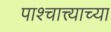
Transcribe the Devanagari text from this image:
पाश्चात्त्याच्या